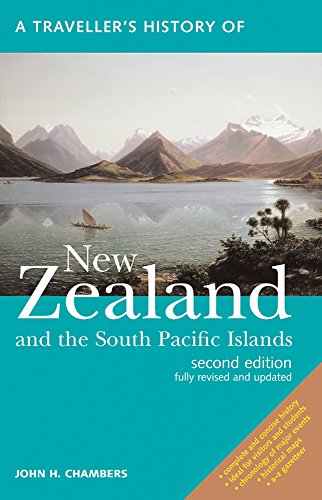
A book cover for A Traveller's History of New Zealand and the South Pacific Islands; John H. Chambers; Biographies & Memoirs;